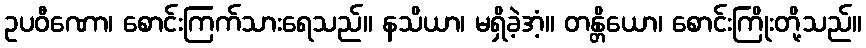
ဥပဝီဏော၊ စောင်းကြက်သားရေသည်။ နသိယာ၊ မရှိခဲ့အံ့။ တန္တိယော၊ စောင်းကြိုးတို့သည်။